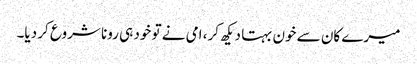
میرے کان سے خون بہتا دیکھ کر، امی نے تو خود ہی رونا شروع کر دیا۔